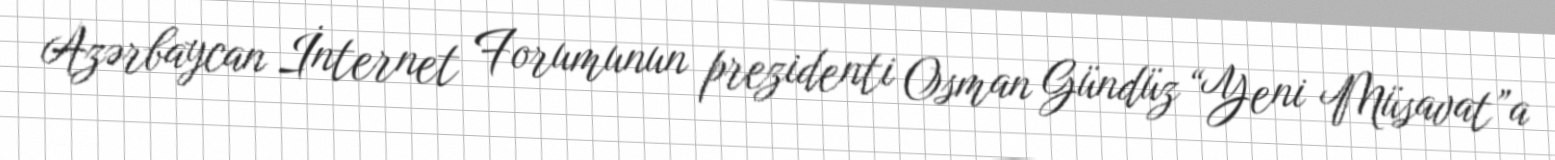
Azərbaycan İnternet Forumunun prezidenti Osman Gündüz “Yeni Müsavat”a